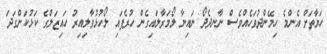
ހަޔާތަށް އެންމެ ހިމޭންދުވަހެއްވެސް ނާނދެދޯ ނައިނާ ލޯމަރާލައިގެން ހުރެފައި ލޯހުޅުވާލިއިރު ހައިޒަލްގެ ކަޅުކަންގަދަ